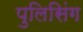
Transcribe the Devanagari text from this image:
पुलिसिंग